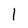
Character: 1